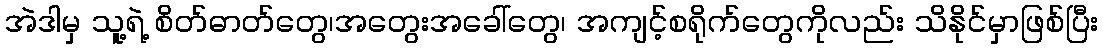
အဲဒါမှ သူ့ရဲ့ စိတ်ဓာတ်တွေ၊အတွေးအခေါ်တွေ၊ အကျင့်စရိုက်တွေကိုလည်း သိနိုင်မှာဖြစ်ပြီး